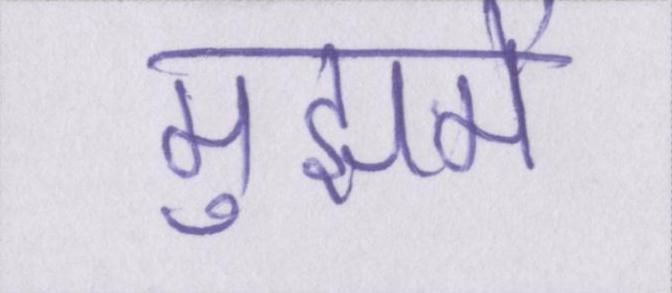
मुझमें